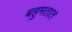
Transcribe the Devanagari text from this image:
बहुमतात